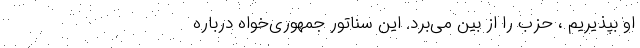
او بپذیریم ، حزب را از بین می‌برد. این سناتور جمهوری‌خواه درباره